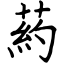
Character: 葯